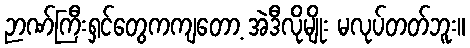
ဉာဏ်ကြီးရှင်တွေကကျတော့ အဲဒီလိုမျိုး မလုပ်တတ်ဘူး။